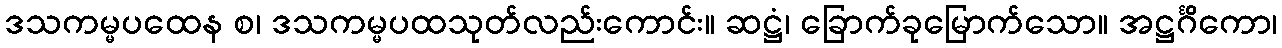
ဒသကမ္မပထေန စ၊ ဒသကမ္မပထသုတ်လည်းကောင်း။ ဆဋ္ဌံ၊ ခြောက်ခုမြောက်သော။ အဋ္ဌင်္ဂိကော၊